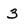
Character: 3